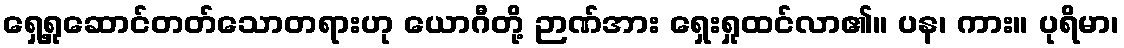
ရှေ့ရှုဆောင်တတ်သောတရားဟု ယောဂီတို့ ဉာဏ်အား ရှေးရှုထင်လာ၏။ ပန၊ ကား။ ပုရိမာ၊